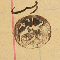
رىس سليم باز ١٨٨٣